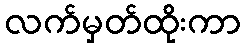
လက်မှတ်ထိုးကာ